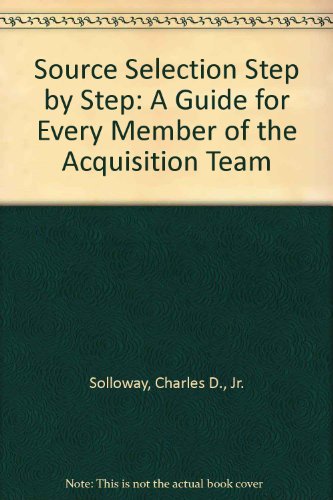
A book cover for Source Selection Step by Step: A Working Guide for Every Member of the Acquisition Team; Charles D. Solloway Jr.; Law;